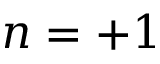
n = + 1